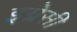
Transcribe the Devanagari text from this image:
इग्नेसी